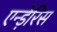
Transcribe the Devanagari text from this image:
एन्ड़ेरिस